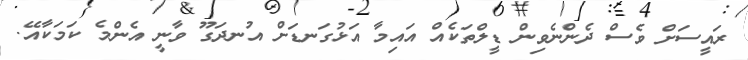
ރައީސަށް ވެސް ދެންނެވިން ޑީލްތަކެއް އައިމާ އަޅުގަނޑަށް އުނދަގޫ ވާނީ އެންމެ ކަމަކާއޭ.